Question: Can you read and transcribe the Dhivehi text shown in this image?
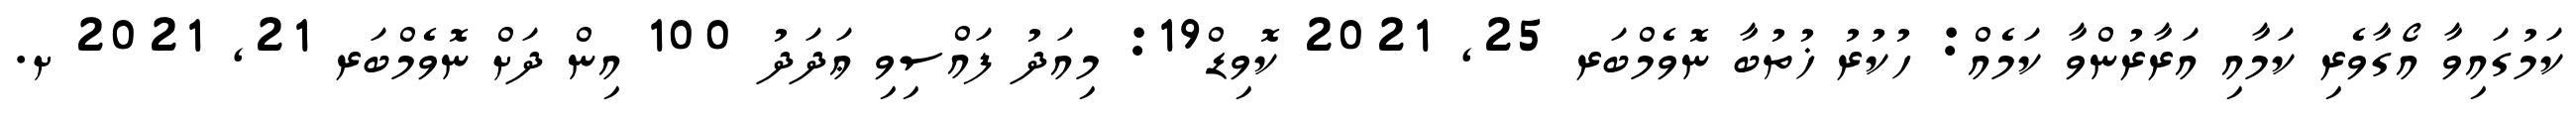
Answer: ކަމުގައިވާ އޯގާވެރި ކަމާއި އަރާރުންވާ ކަމެއް: ހުކުރު ޚުތުބާ ނޮވެމްބަރ 25, 2021 ކޮވިޑް19: މިއަދު ފައްސިވި ޢަދަދު 100 އިން ދަށް ނޮވެމްބަރ 21, 2021 ށ.